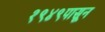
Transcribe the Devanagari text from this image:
१९४९पासून